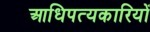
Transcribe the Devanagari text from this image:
आधिपत्यकारियों